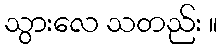
သွားလေ သတည်း ။